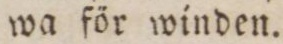
wa för winden.